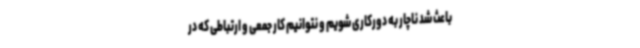
باعث شد ناچار به دورکاری شویم و نتوانیم کار جمعی و ارتباطی که در